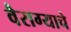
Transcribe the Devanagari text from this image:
वैराग्याचे